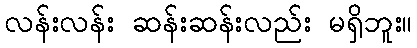
လန်းလန်း ဆန်းဆန်းလည်း မရှိဘူး။